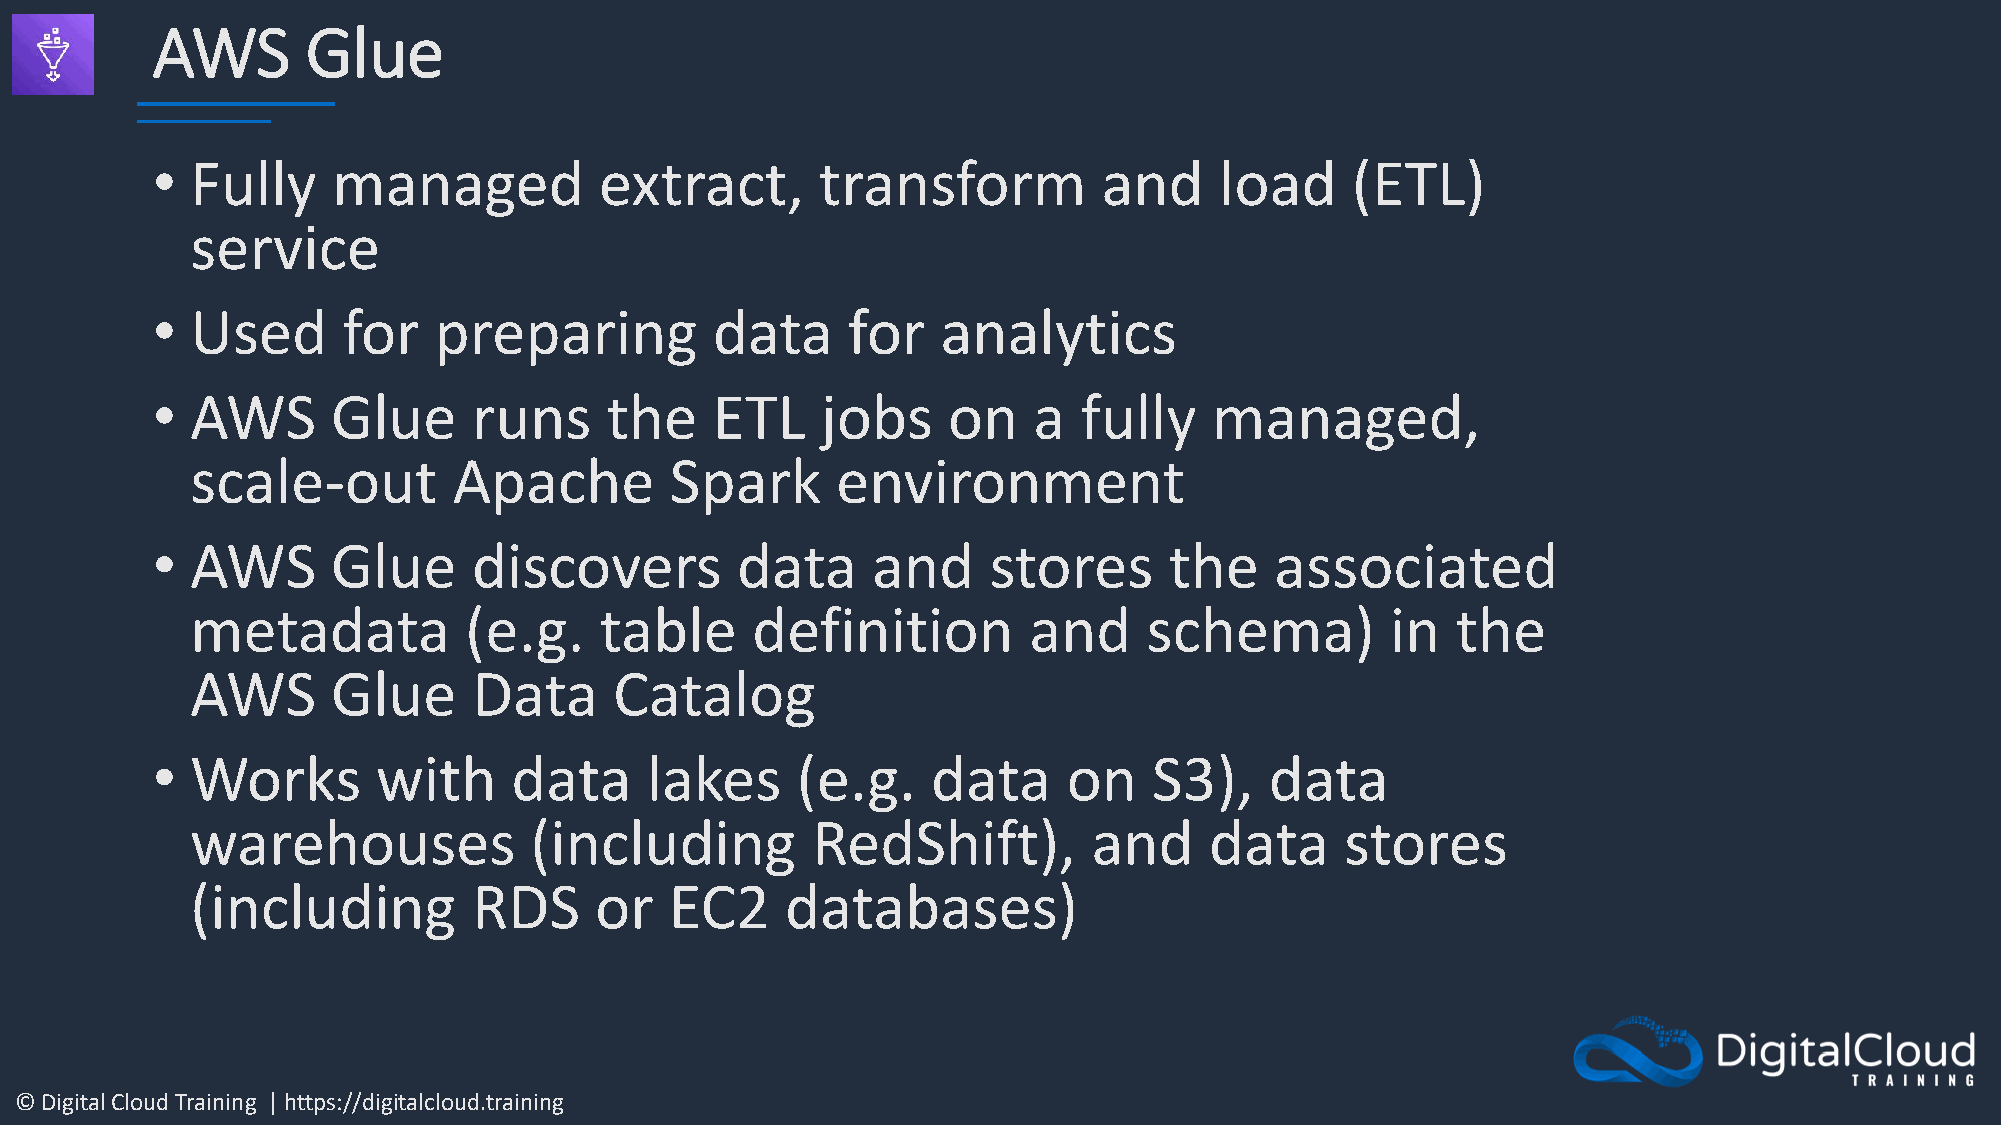
AWS       Glue
 •  Fully    managed           extract,      transform          and     load    (ETL)
 service
 •  Used      for   preparing         data     for   analytics
 •  AWS      Glue     runs     the    ETL    jobs     on   a  fully    managed,
 scale-out        Apache        Spark      environment
 •  AWS      Glue     discovers         data     and    stores      the    associated
 metadata          (e.g.    table     definition        and     schema)         in  the
 AWS      Glue     Data      Catalog
 •  Works       with     data     lakes     (e.g.    data     on   S3),    data
 warehouses            (including         RedShift),        and     data     stores
 (including        RDS     or   EC2     databases)
 © Digital Cloud Training | https://digitalcloud.training